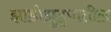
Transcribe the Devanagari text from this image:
झाडीझुडुपातील